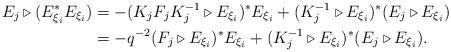
LaTeX: \begin{align*}E_{j} \triangleright (E_{\xi_{i}}^{*} E_{\xi_{i}})& = -(K_{j} F_{j} K_{j}^{-1} \triangleright E_{\xi_{i}})^{*} E_{\xi_{i}} + (K_{j}^{-1}\triangleright E_{\xi_{i}})^{*} (E_{j} \triangleright E_{\xi_{i}})\\& = -q^{-2} (F_{j} \triangleright E_{\xi_{i}})^{*} E_{\xi_{i}} + (K_{j}^{-1} \triangleright E_{\xi_{i}})^{*} (E_{j}\triangleright E_{\xi_{i}}).\end{align*}